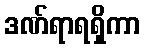
ဒဏ်ရာရရှိကာ